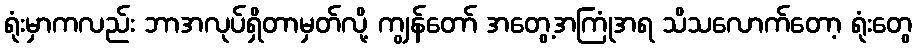
ရုံးမှာကလည်း ဘာအလုပ်ရှိတာမှတ်လို့ ကျွန်တော် အတွေ့အကြုံအရ သိသလောက်တော့ ရုံးတွေ